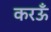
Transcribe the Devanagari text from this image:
करऊँ